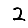
Digit: 2